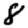
Digit: 8